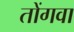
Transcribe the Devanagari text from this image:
तोंगवा